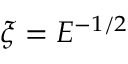
\xi = E ^ { - 1 / 2 }